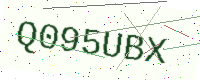
Text: Q095UBX